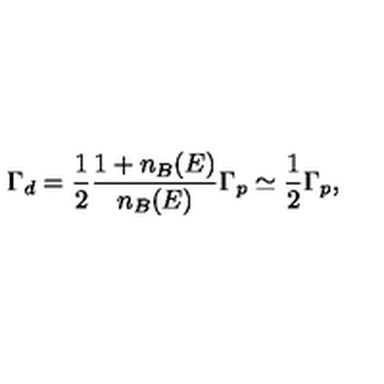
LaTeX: \Gamma _ { d } = \frac { 1 } { 2 } \frac { 1 + n _ { B } ( E ) } { n _ { B } ( E ) } \Gamma _ { p } \simeq \frac { 1 } { 2 } \Gamma _ { p } ,